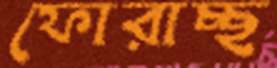
ফোরাচ্ছ